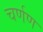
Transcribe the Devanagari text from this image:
चर्णण